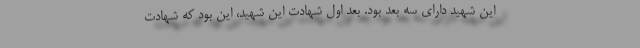
این شهید دارای سه بعد بود. بعد اول شهادت این شهید، این بود که شهادت